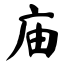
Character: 庙